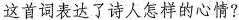
这首词表达了诗人怎样的心情？